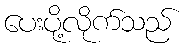
ပေးပို့လိုက်သည်